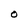
Character: O